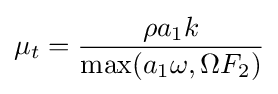
\mu _{t}={\frac {\rho a_{1}k}{{\rm {max}}(a_{1}\omega ,\Omega F_{2})}}